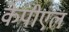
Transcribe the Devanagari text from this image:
केपीएल